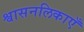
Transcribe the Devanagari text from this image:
श्वासनलिकाएँ